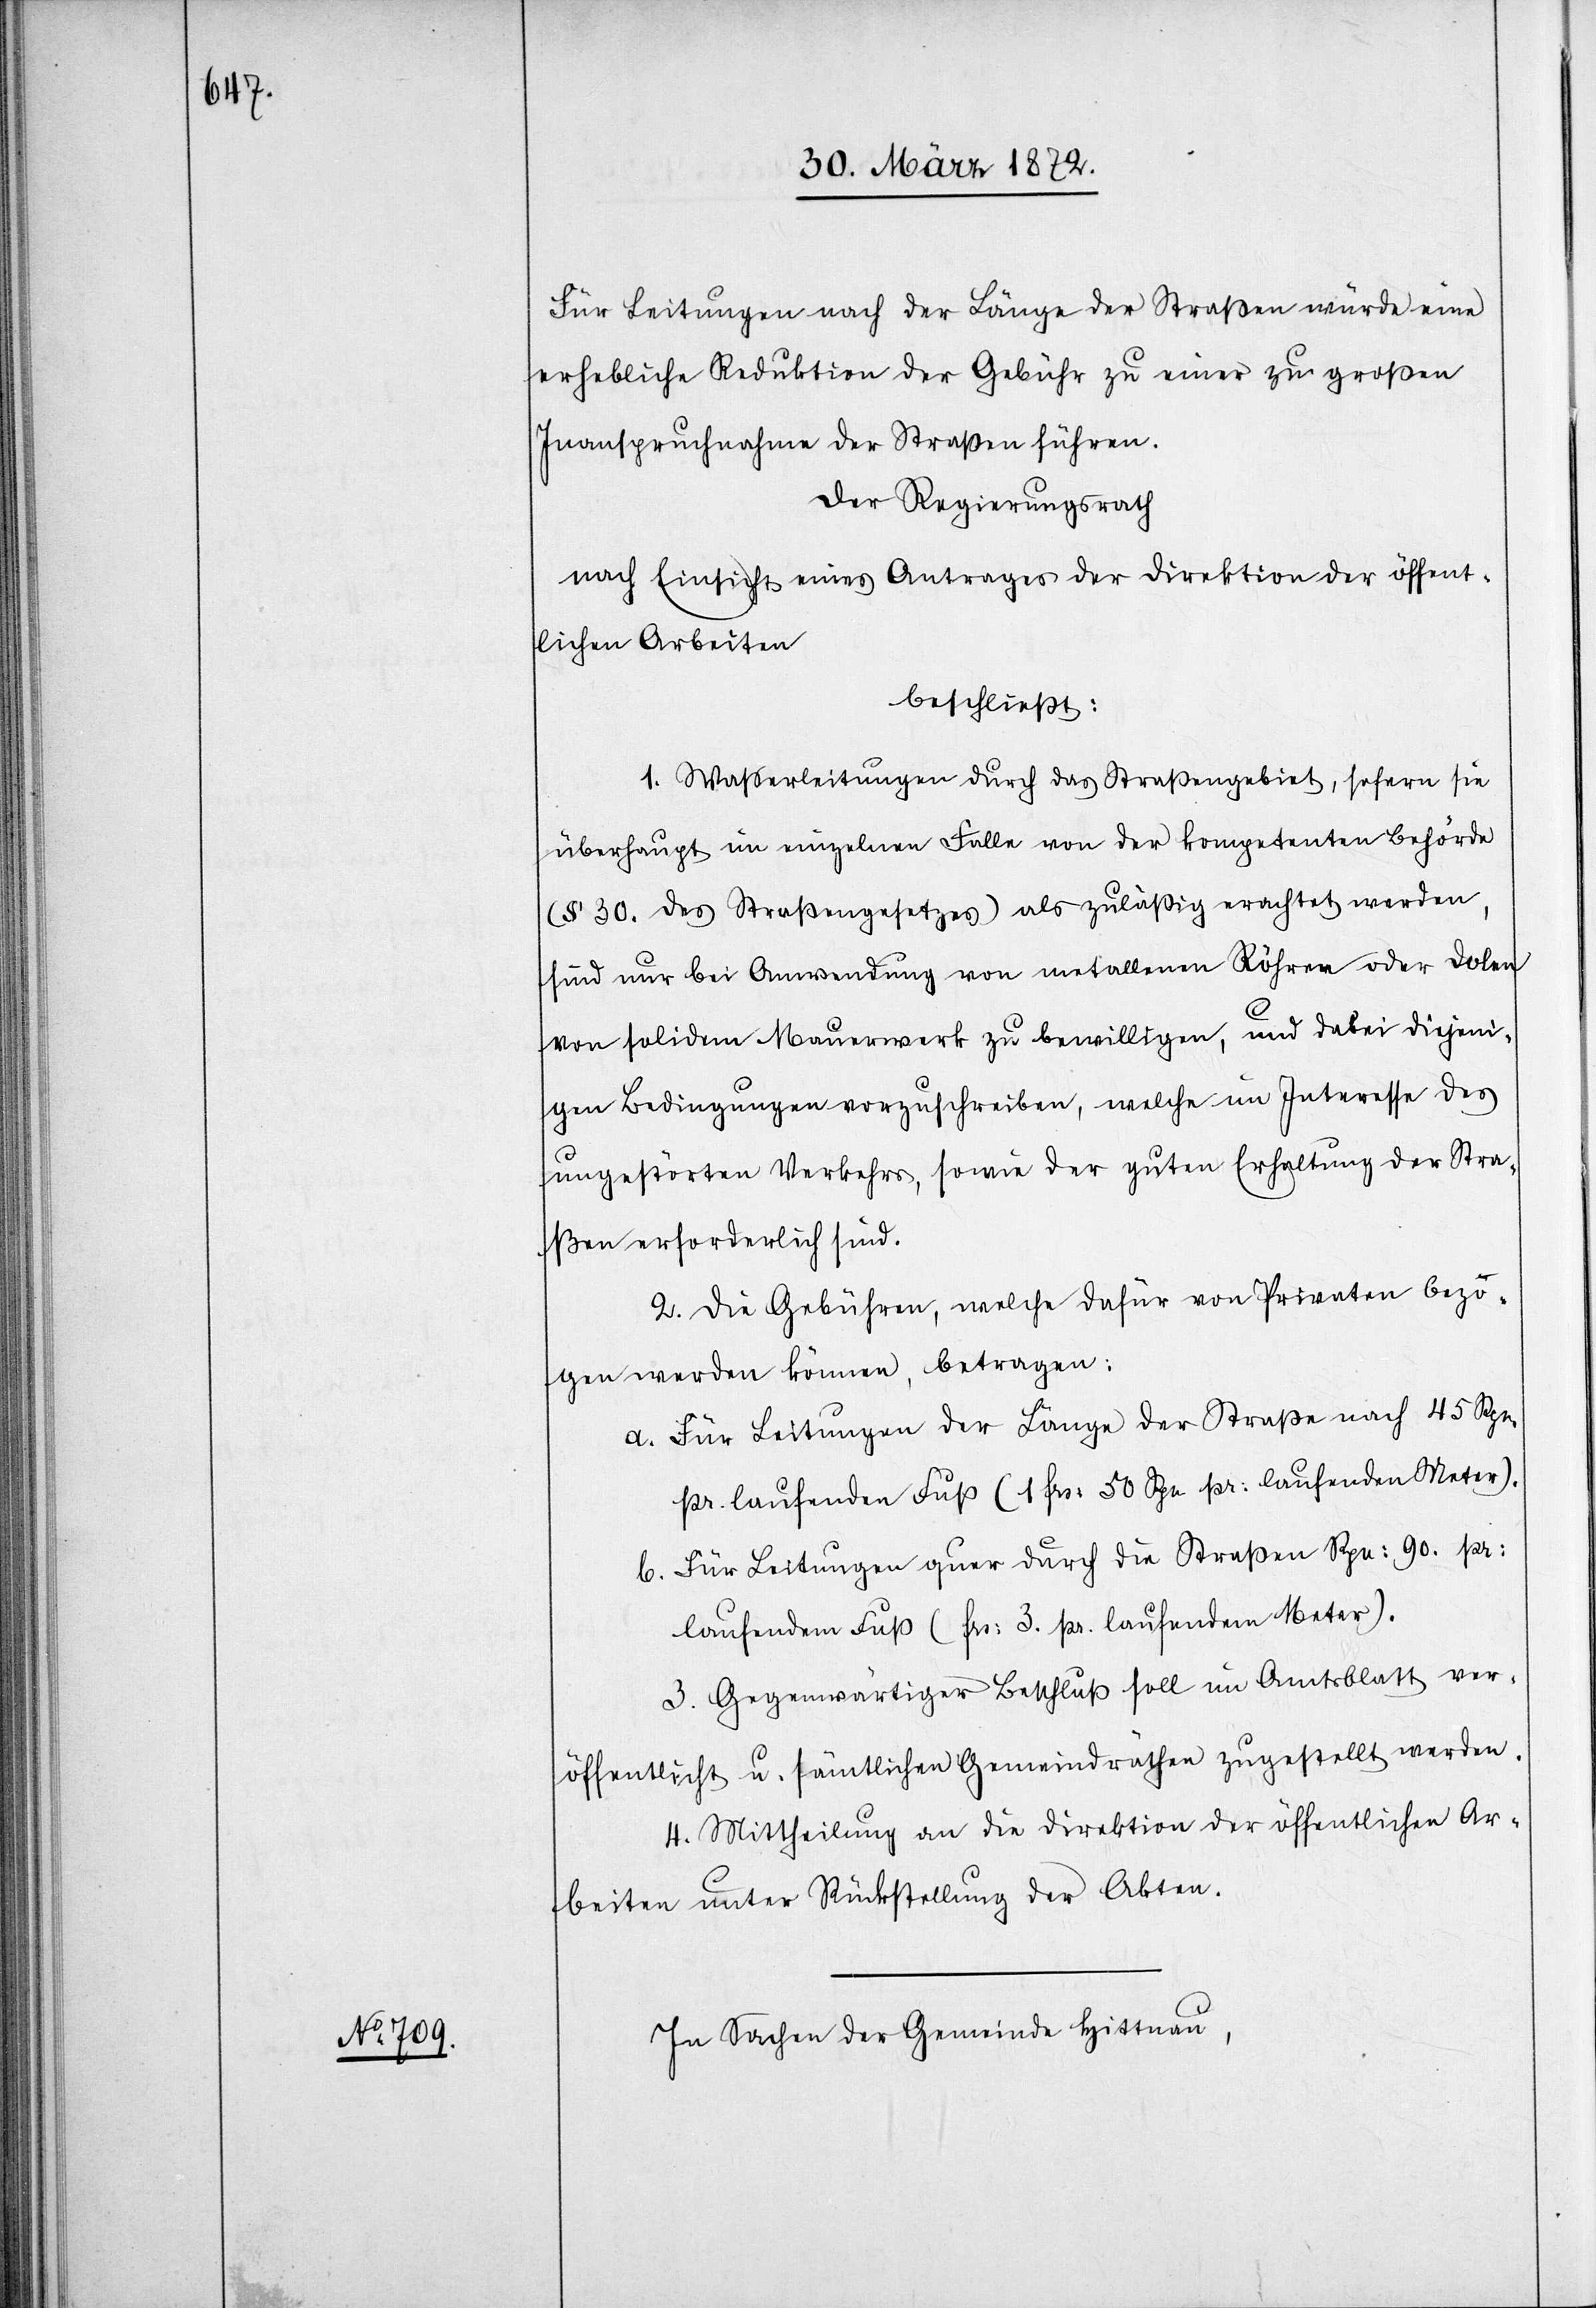
Für Leitungen nach der Länge der Straßen würde eine
erhebliche Reduktion der Gebühr zu einer zu großen
Inanspruchnahme der Straßen führen.
Der Regierungsrath
nach Einsicht eines Antrages der Direktion der öffent¬
lichen Arbeiten
beschließt:
1. Wasserleitungen durch das Straßengebiet, sofern sie
überhaupt im einzelnen Falle von der kompetenten Behörde
(§ 30. des Straßengesetzes) als zuläßig erachtet werden,
sind nur bei Anwendung von metallenen Röhren oder Dolen
von solidem Mauerwerk zu bewilligen, und dabei diejeni¬
gen Bedingungen vorzuschreiben, welche im Interesse des
ungestörten Verkehrs, sowie der guten Erhaltung der Stra¬
ßen erforderlich sind.
2. Die Gebühren, welche dafür von Privaten bezo¬
gen werden können, betragen:
a. Für Leitungen der Länge der Straße nach 45 Rpn.
pr. laufenden Fuß (1. frs: 50 Rpn pr: laufenden Meter).
b. Für Leitungen quer durch die Straßen Rpn: 90. pr:
laufendem Fuß (frs: 3. pr. laufendem Meter).
3. Gegenwärtiger Beschluß soll im Amtsblatt ver¬
öffentlicht u. sämtlichen Gemeindräthen zugestellt werden.
4. Mittheilung an die Direktion der öffentlichen Ar¬
beiten unter Rückstellung der Akten.
In Sachen der Gemeinde Hittnau,